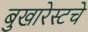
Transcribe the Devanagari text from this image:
बुखारेस्टचे